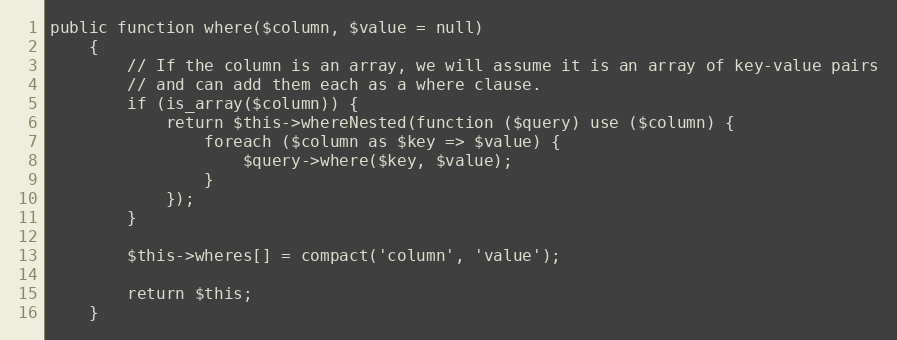
Language: PHP
public function where($column, $value = null)
    {
        // If the column is an array, we will assume it is an array of key-value pairs
        // and can add them each as a where clause.
        if (is_array($column)) {
            return $this->whereNested(function ($query) use ($column) {
                foreach ($column as $key => $value) {
                    $query->where($key, $value);
                }
            });
        }

        $this->wheres[] = compact('column', 'value');

        return $this;
    }